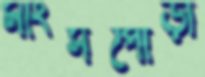
মাংসপোড়া